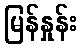
မြန်နှုန်း